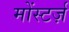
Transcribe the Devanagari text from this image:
मोंस्टर्ज़